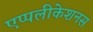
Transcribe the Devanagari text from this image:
एप्पलीकेशनस